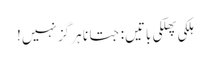
ہلکی پھلکی باتیں: جتانا ہر گز نہیں!